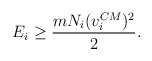
\begin{align*}E_{i}\ge \frac{m N_{i} (v^{CM}_{i})^{2}}{2}.\end{align*}